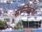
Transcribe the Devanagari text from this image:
संन्निकर्षः